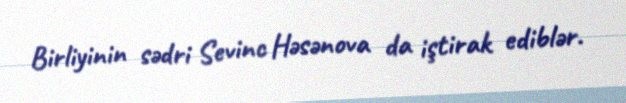
Birliyinin sədri Sevinc Həsənova da iştirak ediblər.